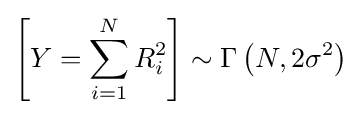
\left[Y=\sum _{i=1}^{N}R_{i}^{2}\right]\sim \Gamma \left(N,2\sigma ^{2}\right)